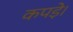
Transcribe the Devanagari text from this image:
कपड़े।